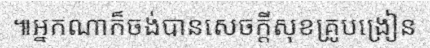
៕អ្នកណាក៏ចង់បានសេចក្តីសុខគ្រូបង្រៀន